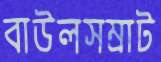
বাউলসম্রাট